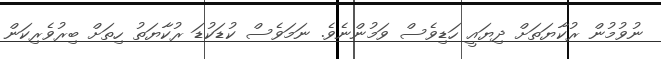
ނުވުމުން ރުކާޔަތަށް ދިޔައީ ހަޑިވެސް ވަމުންނެވެ. ނަމަވެސް ކުޑަކުޑަ ރުކާޔަތު ހިތަށް ބިރުވެރިކަން